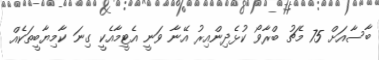
ބާސާއަށް 75 މެޗު ބްރާވޯ ކުޅެދިންއިރު އޭނާ ވަނީ އެޓީމާއެކީ ގިނަ ކާމިޔާބީތަކެއް